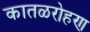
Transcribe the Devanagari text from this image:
कातळरोहण